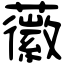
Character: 𧃸